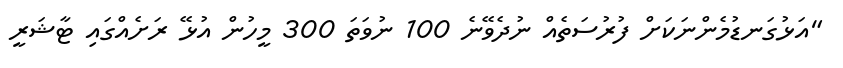
"އަޅުގަނޑުމެންނަކަށް ފުރުސަތެއް ނުދެވޭނެ 100 ނުވަތަ 300 މީހުން އުޅޭ ރަށެއްގައި ޓާޝަރީ